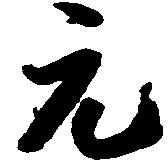
元